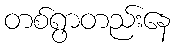
တစ်ရွာတည်းနေ